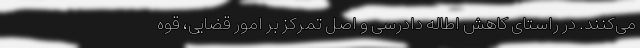
می‌کنند. در راستای کاهش اطاله دادرسی و اصل تمرکز بر امور قضایی، قوه